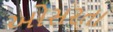
ઓસરતા